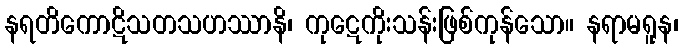
နရတိကောဋိသတသဟဿာနိ၊ ကုဋေကိုးသန်းဖြစ်ကုန်သော။ နရာမရူန၊